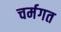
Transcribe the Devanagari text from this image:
चर्मगत